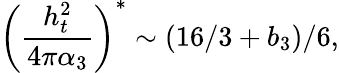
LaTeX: \left(\frac{h_{t}^{2}}{4\pi\alpha_{3}}\right)^{*}\sim(16/3+b_{3})/6,